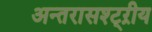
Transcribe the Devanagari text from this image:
अन्तरासश्ट्ऱीय